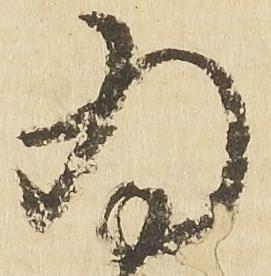
為